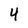
Character: 4